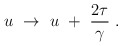
\begin{align*}u ~\to~ u ~+~ {2 \tau \over \gamma} \ .\end{align*}